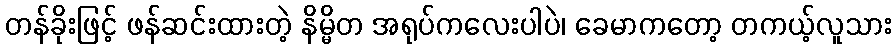
တန်ခိုးဖြင့် ဖန်ဆင်းထားတဲ့ နိမ္မိတ အရုပ်ကလေးပါပဲ၊ ခေမာကတော့ တကယ့်လူသား